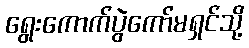
ရွေးကောက်ပွဲကော်မရှင်သို့